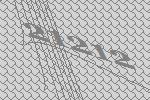
21212